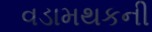
વડામથકની